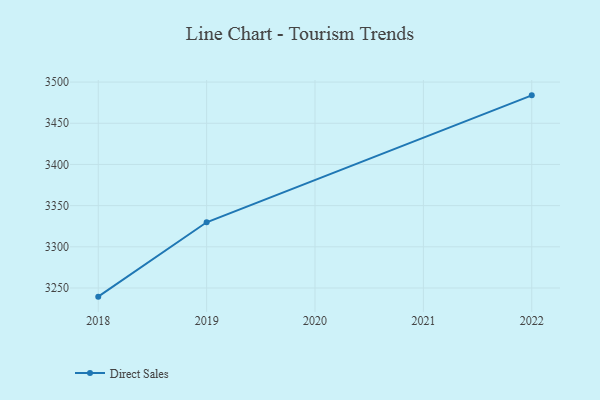
{"axis": {"x": "Year", "y": "Customer Acquisition Cost (USD)"}, "legend": ["Direct Sales"], "data": [{"x": "2022", "y": 3483.9, "type": "Direct Sales"}, {"x": "2019", "y": 3329.8, "type": "Direct Sales"}, {"x": "2018", "y": 3239.5, "type": "Direct Sales"}]}